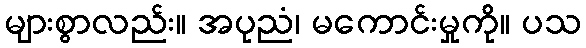
များစွာလည်း။ အပုညံ၊ မကောင်းမှုကို။ ပသ